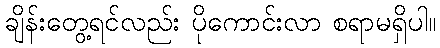
ချိန်းတွေ့ရင်လည်း ပိုကောင်းလာ စရာမရှိပါ။